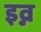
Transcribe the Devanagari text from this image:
इव्न